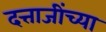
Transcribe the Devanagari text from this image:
दत्ताजींच्या